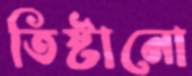
তিষ্টানো